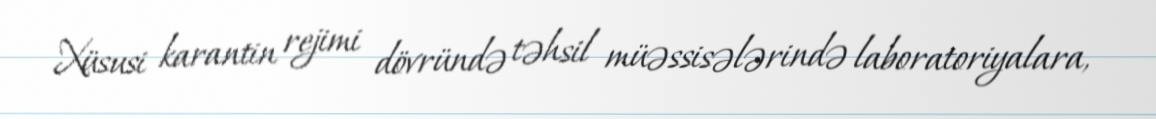
Xüsusi karantin rejimi dövründə təhsil müəssisələrində laboratoriyalara,